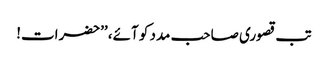
تب قصوری صاحب مدد کو آئے، ’’حضرات!